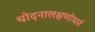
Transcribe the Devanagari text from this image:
चोदनालक्षणोधर्म